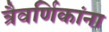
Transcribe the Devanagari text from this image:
त्रैवर्णिकांना